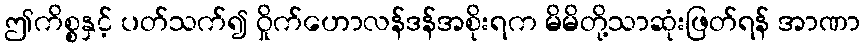
ဤကိစ္စနှင့် ပတ်သက်၍ ဝှိုက်ဟောလန်ဒန်အစိုးရက မိမိတို့သာဆုံးဖြတ်ရန် အာဏာ